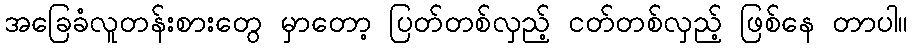
အခြေခံလူတန်းစားတွေ မှာတော့ ပြတ်တစ်လှည့် ငတ်တစ်လှည့် ဖြစ်နေ တာပါ။